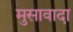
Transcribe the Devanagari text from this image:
मुसावादा